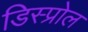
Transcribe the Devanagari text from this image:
डिस्प्रोल